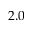
2 . 0